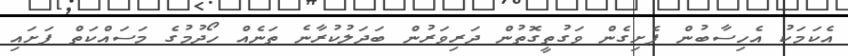
އެކަމަކު އެހިސާބުން ފެށިގެން ވަގުތީގޮތުން ދަރިވަރުން ބަދަލުކުރާނެ ތަނެއް ހޯދުމުގެ މަސައްކަތް ފަށައި